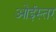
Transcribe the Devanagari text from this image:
ओईस्तर